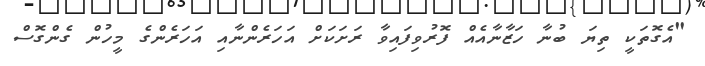
"އެގޮތަކީ ތިޔަ ބުނާ ހަޒާނާއެއް ފޮރުވިފައިވާ ރަށަކަށް އަހަރެންނާއި އަހަރެންގެ މީހުން ގެންގޮސް